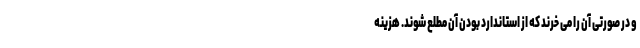
و در صورتی آن را می خرند که از استاندارد بودن آن مطلع شوند. هزینه